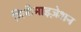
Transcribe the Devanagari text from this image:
मिनीमाइज़ेशन